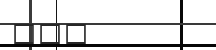
١٢٧